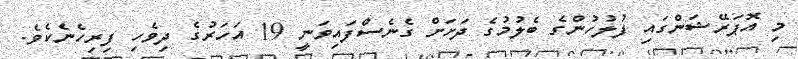
މި އޮޕަރޭޝަންގައި ފުލުހުންގެ ބެލުމުގެ ދަށަށް ގެނެސްފައިވަނީ 19 އަހަރުގެ ދިވެހި ފިރިހެނެކެވެ.